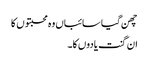
چھن گیا سائباں وہ محبتوں کا
ان گنت یادوں کا۔